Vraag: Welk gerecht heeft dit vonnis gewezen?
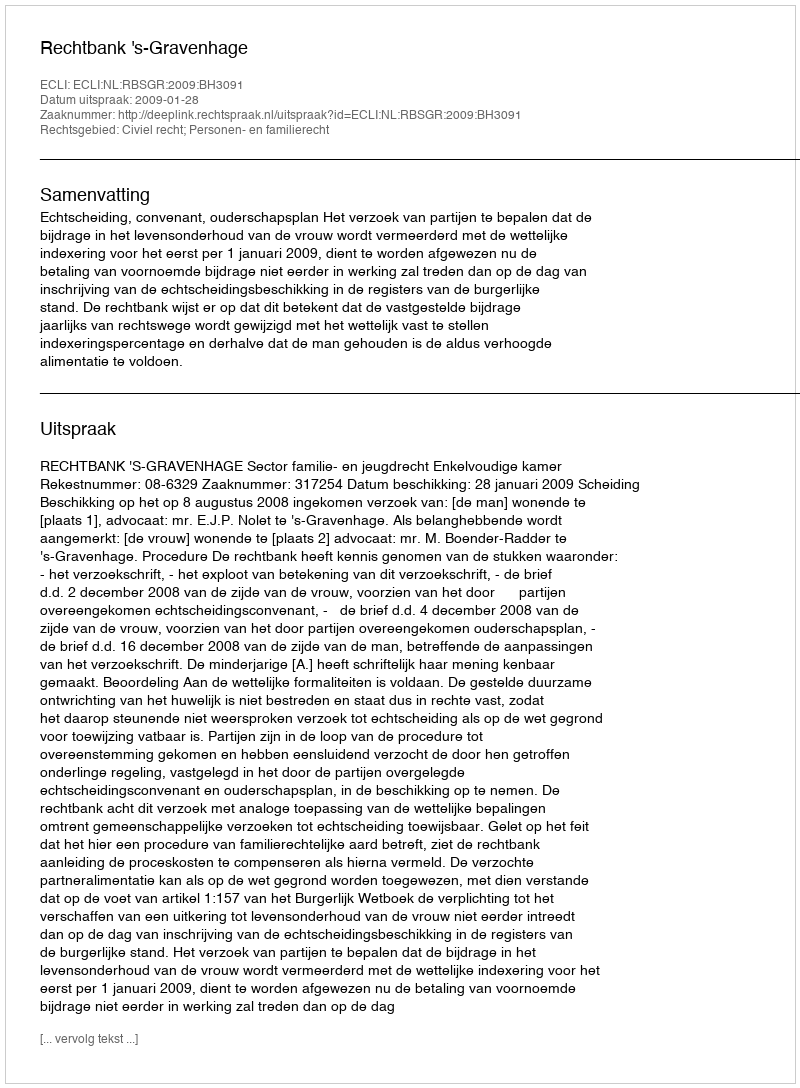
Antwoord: Rechtbank 's-Gravenhage